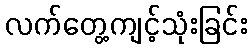
လက်တွေ့ကျင့်သုံးခြင်း